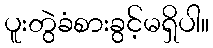
ပူးတွဲခံစားခွင့်မရှိပါ။